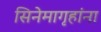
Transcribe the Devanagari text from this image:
सिनेमागृहांना